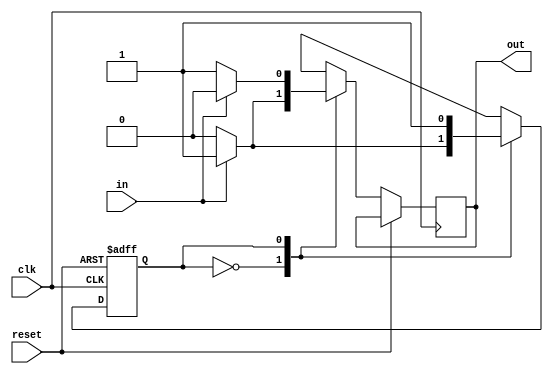
module twos_complement(input in, input clk, input reset, output out);

    reg out;
    reg state;
    
    always@(posedge clk, posedge reset)
    begin
        if(reset)
            state <= 0;
        else
			begin
				case(state)
					0:
						begin
							if(in == 0)
								begin
									state <= 0;
									out <= 0;
								end
							else 
							begin
									state <= 1;
									out <= 1;
							end
						end
					1:
						begin
							if(in == 0)
								begin
									state <= 1;
									out <= 1;
								end
							else 
							begin
									state <= 1;
									out <= 0;
							end
						end
			endcase
	   end
	 end

endmodule